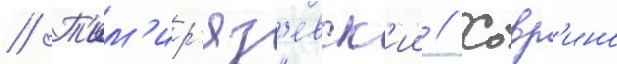
// Т'им'ир'яз'евск'ии // Ховр'ино